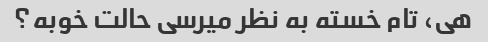
هی، تام خسته به نظر میرسی حالت خوبه؟